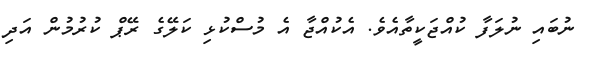
ނުބައި ނުލަފާ ކުއްޖަކީތާއެވެ. އެކުއްޖާ އެ މުސްކުޅި ކަލޭގެ ރޭޕް ކުރުމުން އަދި